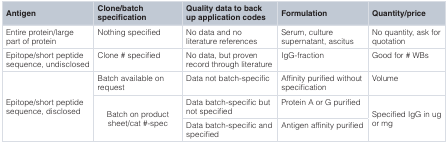
<table><thead><tr><td><b>Antigen</b></td><td><b>Clone/batchspecification</b></td><td><b>Quality data to backup application codes</b></td><td><b>Formulation</b></td><td><b>Quantity/price</b></td></tr></thead><tbody><tr><td>Entire protein/largepart of protein</td><td>Nothing specified</td><td>No data and noliterature references</td><td>Serum, culturesupernatant, ascitus</td><td>No quantity, ask forquotation</td></tr><tr><td>Epitope/short peptidesequence, undisclosed</td><td>Clone # specified</td><td>No data, but provenrecord through literature</td><td>IgG-fraction</td><td>Good for # WBs</td></tr><tr><td rowspan="3">Epitope/short peptidesequence, disclosed</td><td>Batch available onrequest</td><td>Data not batch-specific</td><td>Affinity purified withoutspecification</td><td>Volume</td></tr><tr><td rowspan="2">Batch on productsheet/cat #-spec</td><td>Data batch-specific butnot specified</td><td>Protein A or G purified</td><td rowspan="2">Specified IgG in ugor mg</td></tr><tr><td>Data batch-specific andspecified</td><td>Antigen affinity purified</td></tr></tbody></table>